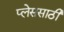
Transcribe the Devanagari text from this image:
प्लेससाठी